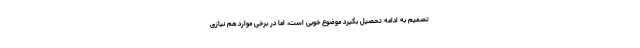
تصمیم به ادامه تحصیل بگیرد موضوع خوبی است، اما در برخی موارد هم نیازی